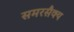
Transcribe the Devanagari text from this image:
समरसैक्य